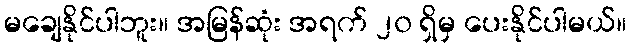
မချေနိုင်ပါဘူး။ အမြန်ဆုံး အရက် ၂၀ ရှိမှ ပေးနိုင်ပါမယ်။